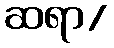
ဆရာ/